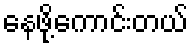
နေဖို့ကောင်းတယ်